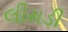
લીમડી